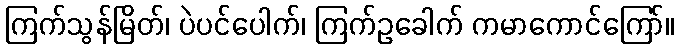
ကြက်သွန်မြိတ်၊ ပဲပင်ပေါက်၊ ကြက်ဥခေါက် ကမာကောင်ကြော်။